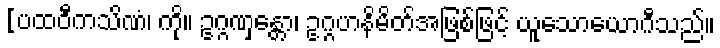
[ပထဝီကသိဏံ၊ ကို။ ဥဂ္ဂဏှန္တော၊ ဥဂ္ဂဟနိမိတ်အဖြစ်ဖြင့် ယူသောယောဂီသည်။